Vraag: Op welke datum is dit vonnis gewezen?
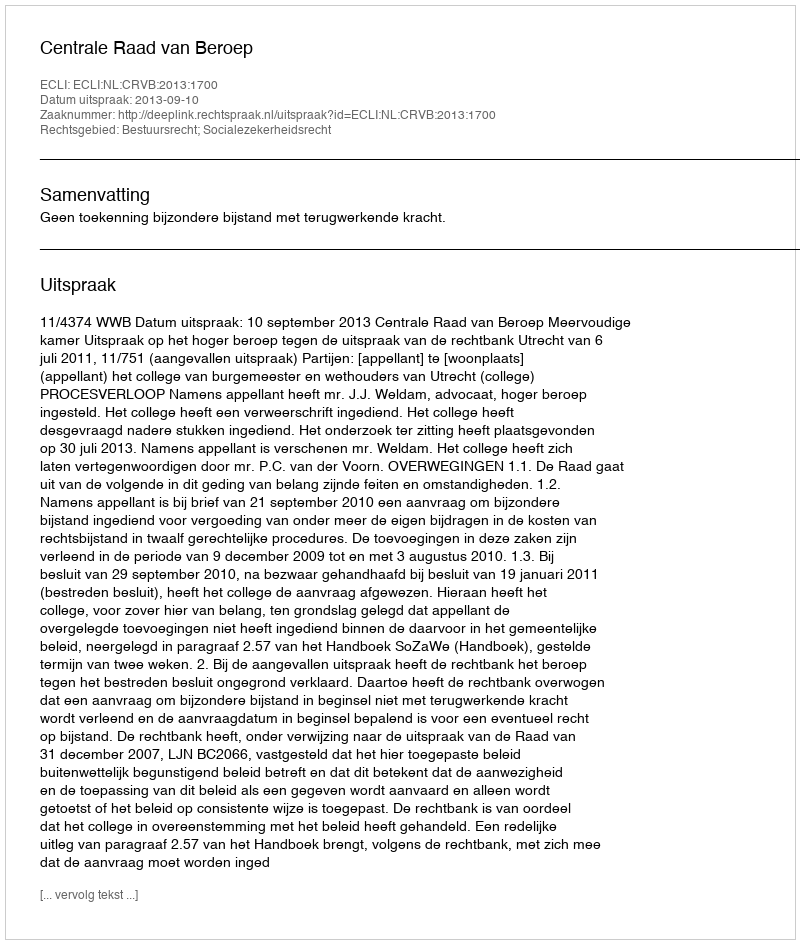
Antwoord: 2013-09-10